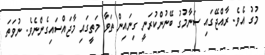
މުގު އެވެ. ރާއްޖޭގައި ސަނާމުގު ބޭނުންކުރަނީ ގިނައިން ތަވާ މަތީގައި މާޖައްސައިގެންނެވެ. ނުވަތަ